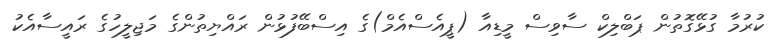
ކުރުމާ ގުޅޭގޮތުން ޕަބްލިކް ސާވިސް މީޑިއާ (ޕީއެސްއެމް)ގެ އިސްބޭފުޅުން ރައްޔިތުންގެ މަޖިލީހުގެ ރައީސާއެކު